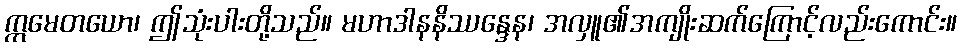
ဣမေတယော၊ ဤသုံးပါးတို့သည်။ မဟာဒါနနိဿန္ဒေန၊ အလှူ၏အကျိုးဆက်ကြောင့်လည်းကောင်း။